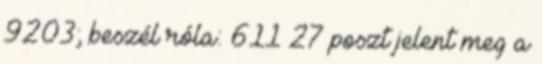
9203; beszél róla: 611 27 poszt jelent meg a